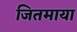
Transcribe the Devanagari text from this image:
जितमाया